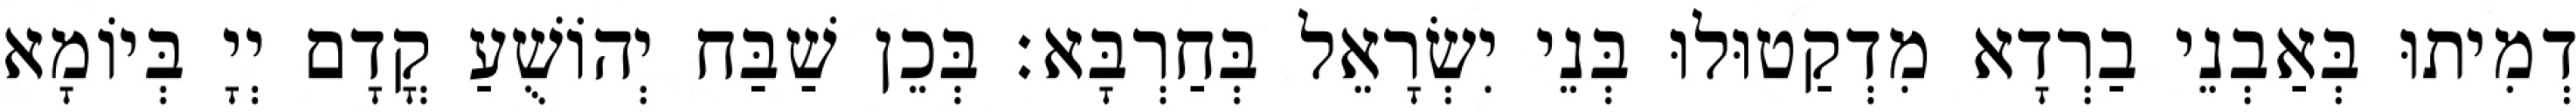
דְמִיתוּ בְּאַבְנֵי בַרְדָא מִדְקַטוּלוּ בְּנֵי יִשְׂרָאֵל בְּחַרְבָּא׃ בְּכֵן שַׁבַּח יְהוֹשֻׁעַ קֳדָם יְיָ בְּיוֹמָא